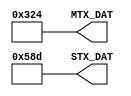
`timescale 1ns / 1ps
//////////////////////////////////////////////////////////////////////////////////
// Company: 
// Engineer: 
// 
// Design Name: 
// Module Name:    SOURCES_DAT 
// Project Name: 
// Target Devices: 
// Tool versions: 
// Description: 
//
// Dependencies: 
//
// Revision: 
// Revision 0.01 - File Created
// Additional Comments: 
//
//////////////////////////////////////////////////////////////////////////////////

`define m 11

module SOURCE_DAT(output wire [`m-1:0] MTX_DAT,
						output wire [`m-1:0] STX_DAT
						);

	assign MTX_DAT = `m'b01100100100;
	assign STX_DAT = `m'b10110001101;

endmodule